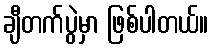
ချီတက်ပွဲမှာ ဖြစ်ပါတယ်။